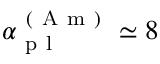
\alpha _ { \mathrm { ~ p ~ l ~ } } ^ { \mathrm { ~ ( ~ A ~ m ~ ) ~ } } \simeq 8